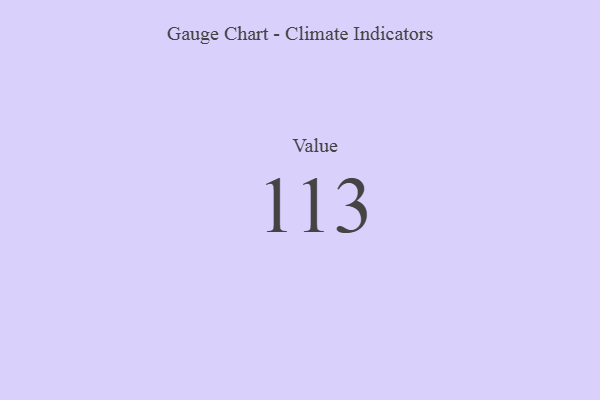
{"axis": {"x": "Metric", "y": "Value"}, "legend": [""], "data": [{"x": "Value", "y": 113, "type": ""}]}